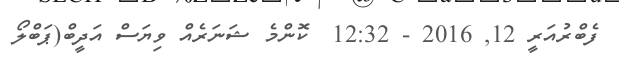
ފެބްރުއަރީ 12